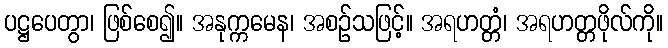
ပဋ္ဌပေတွာ၊ ဖြစ်စေ၍။ အနုက္ကမေန၊ အစဉ်သဖြင့်။ အရဟတ္တံ၊ အရဟတ္တဖိုလ်ကို။